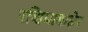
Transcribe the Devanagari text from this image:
रशियाबाहेर